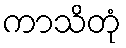
ကာသိတုံ